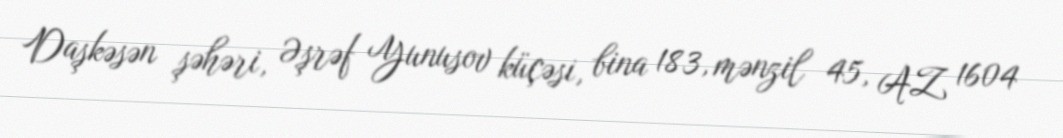
Daşkəsən şəhəri, Əşrəf Yunusov küçəsi, bina 183, mənzil 45, AZ 1604